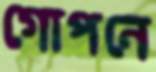
গোপনে